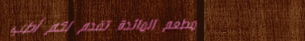
مطعم المائدة تقدم لكم أطب